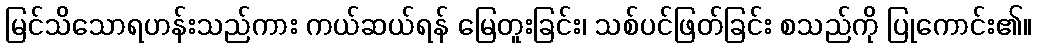
မြင်သိသောရဟန်းသည်ကား ကယ်ဆယ်ရန် မြေတူးခြင်း၊ သစ်ပင်ဖြတ်ခြင်း စသည်ကို ပြုကောင်း၏။